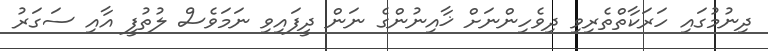
ދިނުމުގައި ހަރަކާތްތެރިވި ދިވެހިންނަށް ޚާއިނުންގެ ނަން ދީފައިވި ނަމަވެސް ލުތުފީ އާއި ސަގަރު